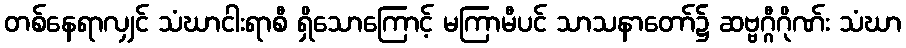
တစ်နေရာလျှင် သံဃာငါးရာစီ ရှိသောကြောင့် မကြာမီပင် သာသနာတော်၌ ဆဗ္ဗဂ္ဂီဂိုဏ်း သံဃာ